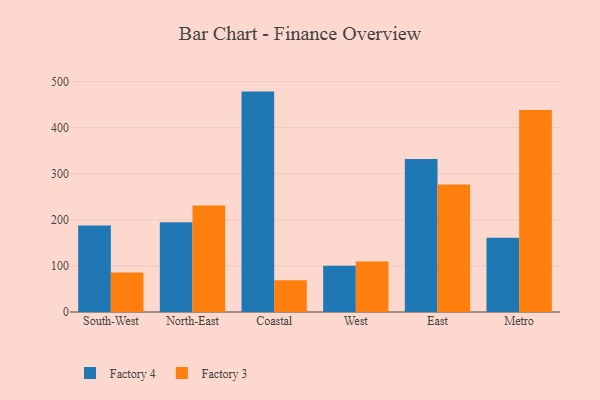
{"axis": {"x": "Region", "y": "Active Users"}, "legend": ["Factory 3", "Factory 4"], "data": [{"x": "South-West", "y": 187.5, "type": "Factory 4"}, {"x": "South-West", "y": 85.7, "type": "Factory 3"}, {"x": "North-East", "y": 194.5, "type": "Factory 4"}, {"x": "North-East", "y": 231.0, "type": "Factory 3"}, {"x": "Coastal", "y": 478.0, "type": "Factory 4"}, {"x": "Coastal", "y": 68.6, "type": "Factory 3"}, {"x": "West", "y": 100.2, "type": "Factory 4"}, {"x": "West", "y": 109.3, "type": "Factory 3"}, {"x": "East", "y": 331.9, "type": "Factory 4"}, {"x": "East", "y": 276.6, "type": "Factory 3"}, {"x": "Metro", "y": 161.3, "type": "Factory 4"}, {"x": "Metro", "y": 438.1, "type": "Factory 3"}]}